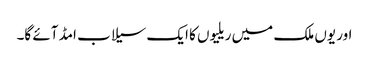
اور یوں ملک میں ریلیوں کا ایک سیلاب امڈ آئے گا۔